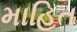
માહિત